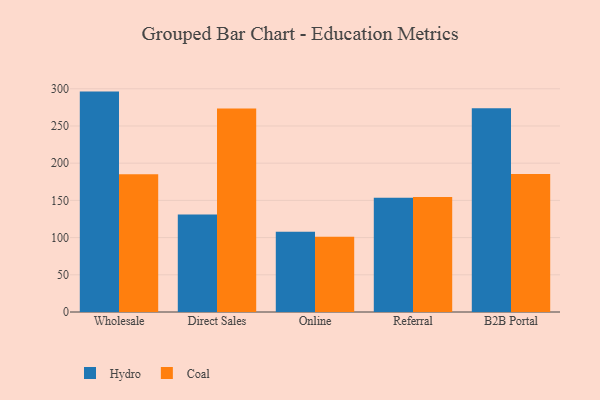
{"axis": {"x": "Channel", "y": "Humidity (%)"}, "legend": ["Coal", "Hydro"], "data": [{"x": "Wholesale", "y": 296.2, "type": "Hydro"}, {"x": "Wholesale", "y": 185.1, "type": "Coal"}, {"x": "Direct Sales", "y": 131.2, "type": "Hydro"}, {"x": "Direct Sales", "y": 273.5, "type": "Coal"}, {"x": "Online", "y": 107.7, "type": "Hydro"}, {"x": "Online", "y": 101.0, "type": "Coal"}, {"x": "Referral", "y": 153.4, "type": "Hydro"}, {"x": "Referral", "y": 154.5, "type": "Coal"}, {"x": "B2B Portal", "y": 273.8, "type": "Hydro"}, {"x": "B2B Portal", "y": 185.4, "type": "Coal"}]}